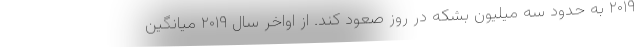
۲۰۱۹ به حدود سه میلیون بشکه در روز صعود کند. از اواخر سال ۲۰۱۹ میانگین